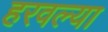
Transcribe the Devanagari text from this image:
हरवल्या